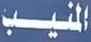
المنيب